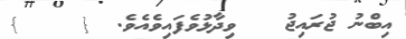
އިބްނު ޖުރައިޖު   ވިދާޅުވެފައިވެއެވެ. {    }